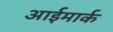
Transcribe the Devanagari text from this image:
आईमार्क